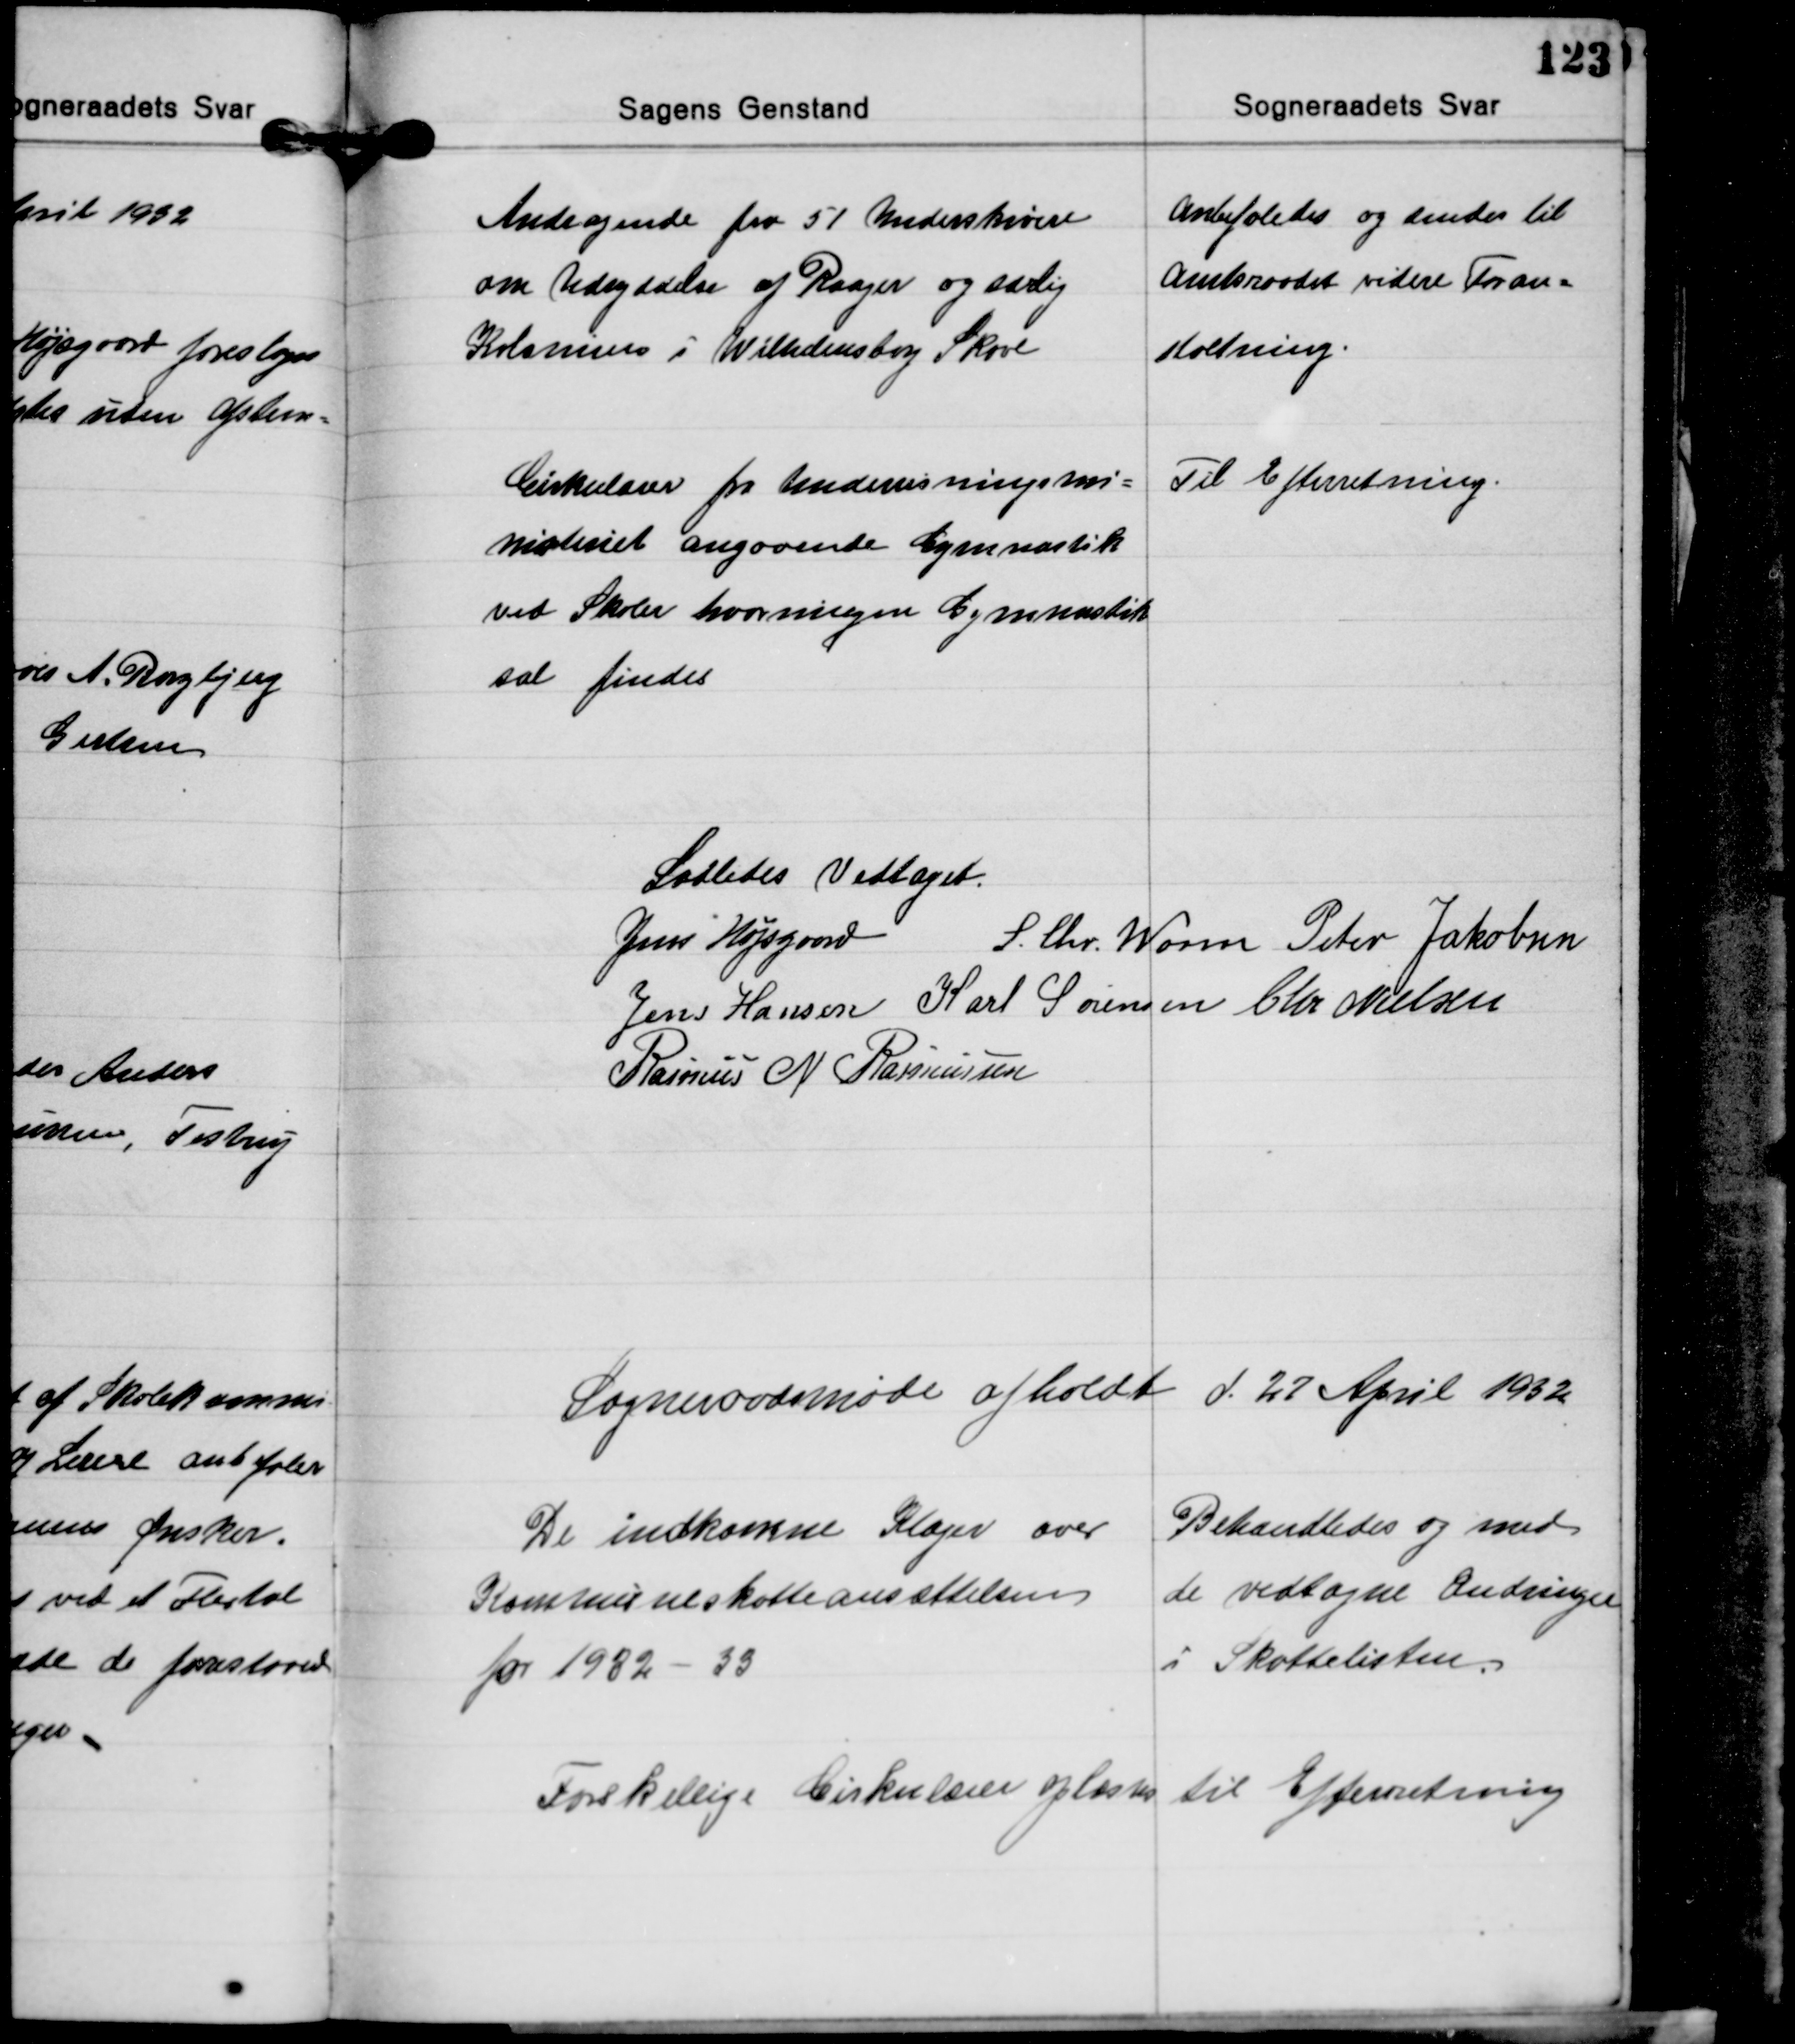
Transskription:
Andragende fra 51 Underskrivere
om Udryddelse af Raager og særlig
Kolonier i Wilhemsborg Skove

Anbefaledes og sendes til
Amtsraadet videre Foran-
staltning.

Cirkulærer fra Undervisningsmi-
nisteriet angaaende Gymnastik
ved Skoler hvor ingen Gymnastik-
sal findes

Til Efterretning.

Saaledes Vedtaget.
Jens Højsgaard S. Chr. Worm Peter Jakobsen
Jens Hansen Karl Sørensen Chr. Nielsen
Rasmus N. Rasmussen

Sogneraadsmøde afholdt d. 27 April 1932

De indkomne Klager over
Kommuneskatteansættelsen
for 1932-33

Behandledes og med
de vedtagne Ændringer
i Skattelisten.

Forskellige Cirkulære oplæstes

til Efterrretning